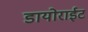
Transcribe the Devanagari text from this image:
डायोराईट